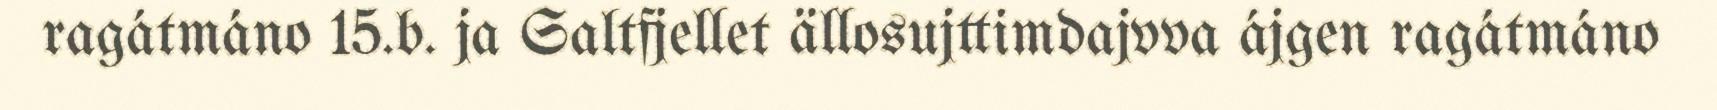
ragátmáno 15.b. ja Saltfjellet ällosujttimdajvva ájgen ragátmáno